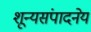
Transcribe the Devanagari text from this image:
शून्यसंपादनेय